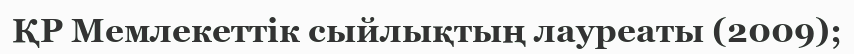
ҚР Мемлекеттік сыйлықтың лауреаты (2009);